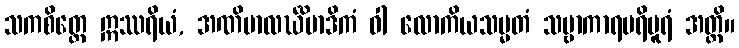
သကစိတ္တေ ဣဿရိယံ, အဏိမာလင်္ဃိမာဒိကံ ဝါ လောကိယသမ္မတံ သဗ္ဗာကာရပရိပူရံ အတ္ထိ။